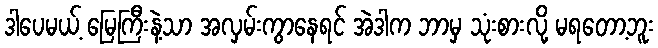
ဒါပေမယ့် မြေကြီးနဲ့သာ အလှမ်းကွာနေရင် အဲဒါက ဘာမှ သုံးစားလို့ မရတော့ဘူး